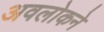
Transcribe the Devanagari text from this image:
अवलोकने